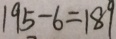
1 9 5 - 6 = 1 8 9